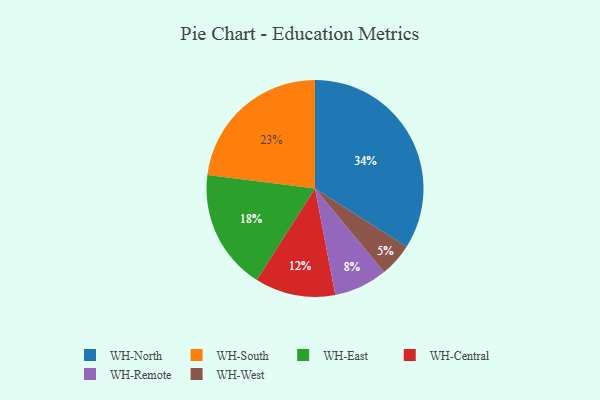
{"axis": {"x": "Category", "y": "Percentage"}, "legend": ["WH-Central", "WH-East", "WH-North", "WH-Remote", "WH-South", "WH-West"], "data": [{"x": "WH-Central", "y": 12, "type": "WH-Central"}, {"x": "WH-South", "y": 23, "type": "WH-South"}, {"x": "WH-Remote", "y": 8, "type": "WH-Remote"}, {"x": "WH-East", "y": 18, "type": "WH-East"}, {"x": "WH-West", "y": 5, "type": "WH-West"}, {"x": "WH-North", "y": 34, "type": "WH-North"}]}